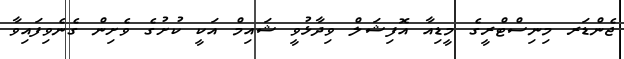
ޖެންޑަރ މިނިސްޓްރީގެ މީޑިއާ އޮފިޝަލް ވިދާޅުވީ ޝައިމް އަކީ ކުށުގެ ވެށިން ގެނެވިފައިވާ